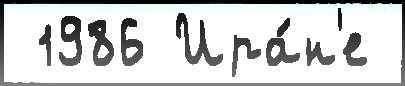
 1986 Ира́н'е